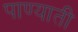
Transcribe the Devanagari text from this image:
पाण्याती